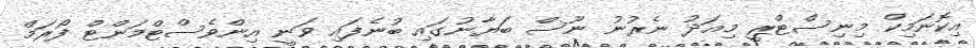
އިކޮނަމިކް މިނިސްޓްރީ މިއަދު ނެރުނު ނޫސް ބަޔާނުގައި ބުނެފައި ވަނީ އިންވެސްޓްމަންޓް ފޯރަމް